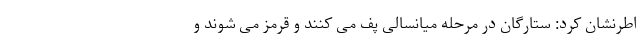
اطرنشان کرد: ستارگان در مرحله میانسالی پف می کنند و قرمز می شوند و